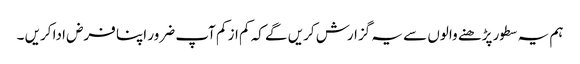
ہم یہ سطور پڑھنے والوں سے یہ گزارش کریں گے کہ کم از کم آپ ضرور اپنا فرض ادا کریں ۔